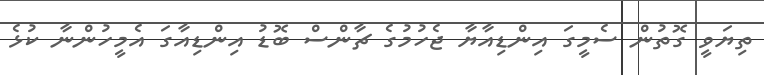
ތިޔަވީ ގޮތުން ސެމީގަ އިންޑިއާޔާ ޖެހުމުގެ ޗާންސް ބޮޑު އިންޑިއާގަ އެމީހުންނާ ކުޅެ